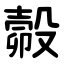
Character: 㲉